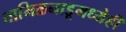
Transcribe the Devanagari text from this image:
तामिळनाडूमध्येही